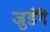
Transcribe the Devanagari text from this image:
जुडेंगे